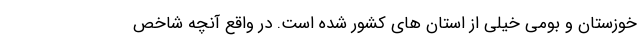
خوزستان و بومی خیلی از استان های کشور شده است. در واقع آنچه شاخص